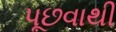
પૂછવાથી